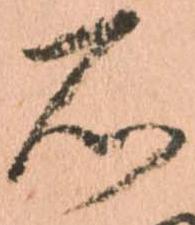
石